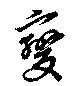
變